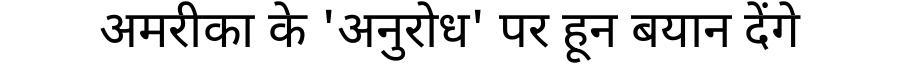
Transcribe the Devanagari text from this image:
अमरीका के 'अनुरोध' पर हून बयान देंगे